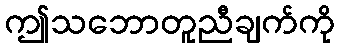
ဤသဘောတူညီချက်ကို